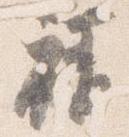
禄